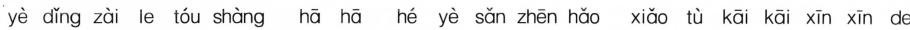
yè dǐng zài le tóu shàng hā hā hé yè sǎn zhēn hǎo xiǎo tù kāi kāi xīn xīn de